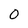
Character: 0